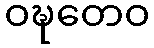
ဝဍ္ဎတေဝ